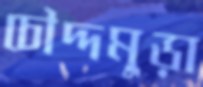
চৌদ্দমুড়া